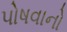
પોષવાનો